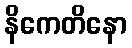
နိကေတိနော